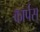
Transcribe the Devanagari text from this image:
कार्पस्